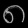
Digit: ၈